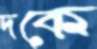
দকে